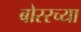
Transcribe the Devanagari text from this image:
बोररच्या